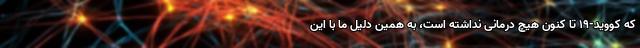
که کووید-۱۹ تا کنون هیچ درمانی نداشته است، به همین دلیل ما با این